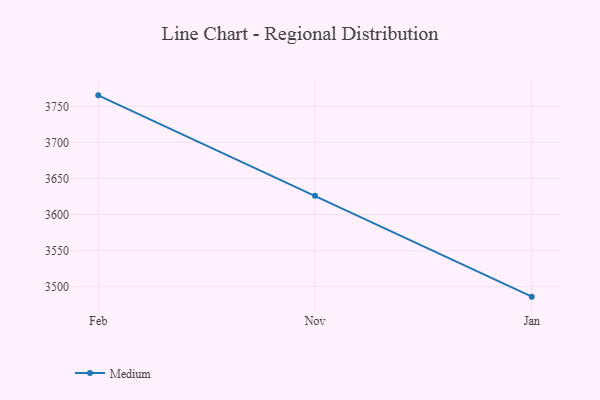
{"axis": {"x": "Month", "y": "Demand Index"}, "legend": ["Medium"], "data": [{"x": "Feb", "y": 3765.2, "type": "Medium"}, {"x": "Nov", "y": 3625.9, "type": "Medium"}, {"x": "Jan", "y": 3486.2, "type": "Medium"}]}